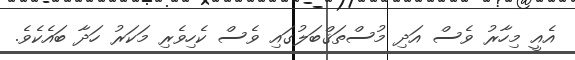
އެއީ މިހާރު ވެސް އަދި މުސްތަޤްބަލުގައި ވެސް ކެހިވެރި މަކަރު ހަދާ ބައެކެވެ.